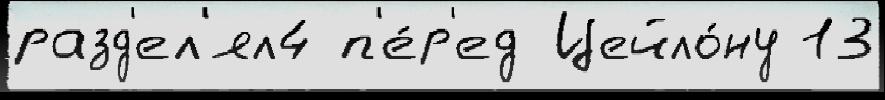
разд'ел'ял4 п'е́р'ед Цейло́ну 13